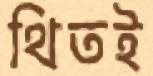
থিতই